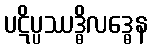
ပဋိပ္ပဿဒ္ဓိလဒ္ဓေန